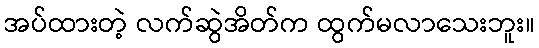
အပ်ထားတဲ့ လက်ဆွဲအိတ်က ထွက်မလာသေးဘူး။